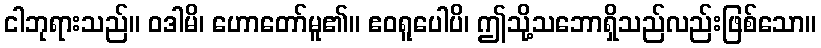
ငါဘုရားသည်။ ဝဒါမိ၊ ဟောတော်မူ၏။ ဧဝရူပေါပိ၊ ဤသို့သဘောရှိသည်လည်းဖြစ်သော။